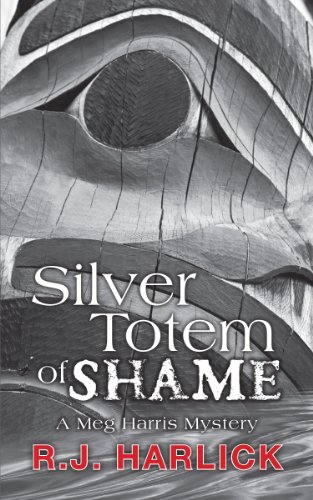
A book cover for Silver Totem of Shame: A Meg Harris Mystery; R.J. Harlick; Travel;